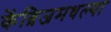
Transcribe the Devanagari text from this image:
केंब्रिजमधल्या